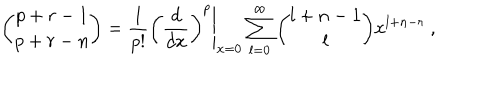
{ \binom { p + r - 1 } { p + r - n } } = { \frac { 1 } { p ! } } \left. { \left( { \frac { d } { d x } } \right) ^ { p } } \right\vert _ { x = 0 } \sum _ { l = 0 } ^ { \infty } { \binom { l + n - 1 } { l } } x ^ { l + n - r } \ ,